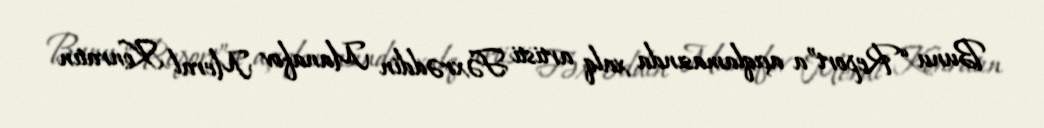
Bunu “Report”a açıqlamasında xalq artisti Fəxrəddin Manafov Meral Konratın